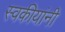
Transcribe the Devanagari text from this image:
स्वकीयांनी